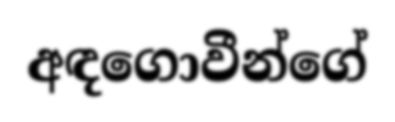
අඳගොවීන්ගේ